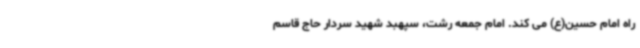
راه امام حسین(ع) می کند. امام جمعه رشت، سپهبد شهید سردار حاج قاسم